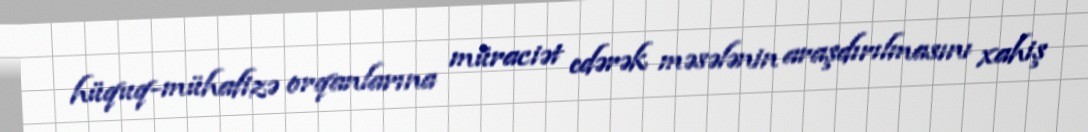
hüquq-mühafizə orqanlarına müraciət edərək məsələnin araşdırılmasını xahiş